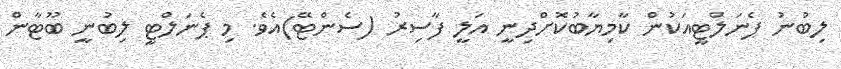
ލިބުނު ޕެނަލްޓީއަކުން ކާމިޔާބުކޮށްދިނީ އަލީ ފާސިރު (ސެންޓޭ)އެވެ. މި ޕެނަލްޓީ ލިބުނީ ބޫޓާން